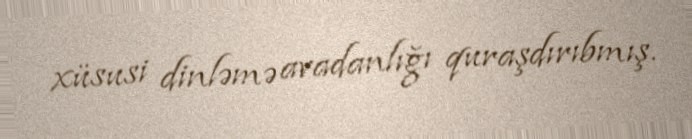
xüsusi dinləmə avadanlığı quraşdırıbmış.